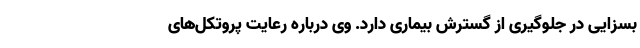
بسزایی در جلوگیری از گسترش بیماری دارد. وی درباره رعایت پروتکل‌های